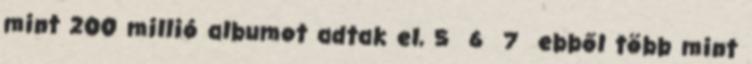
mint 200 millió albumot adtak el, 5 6 7 ebből több mint